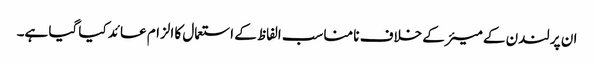
ان پر لندن کے میئر کے خلاف نا مناسب الفاظ کے استعمال کا الزام عائد کیا گیا ہے۔